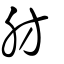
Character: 肪